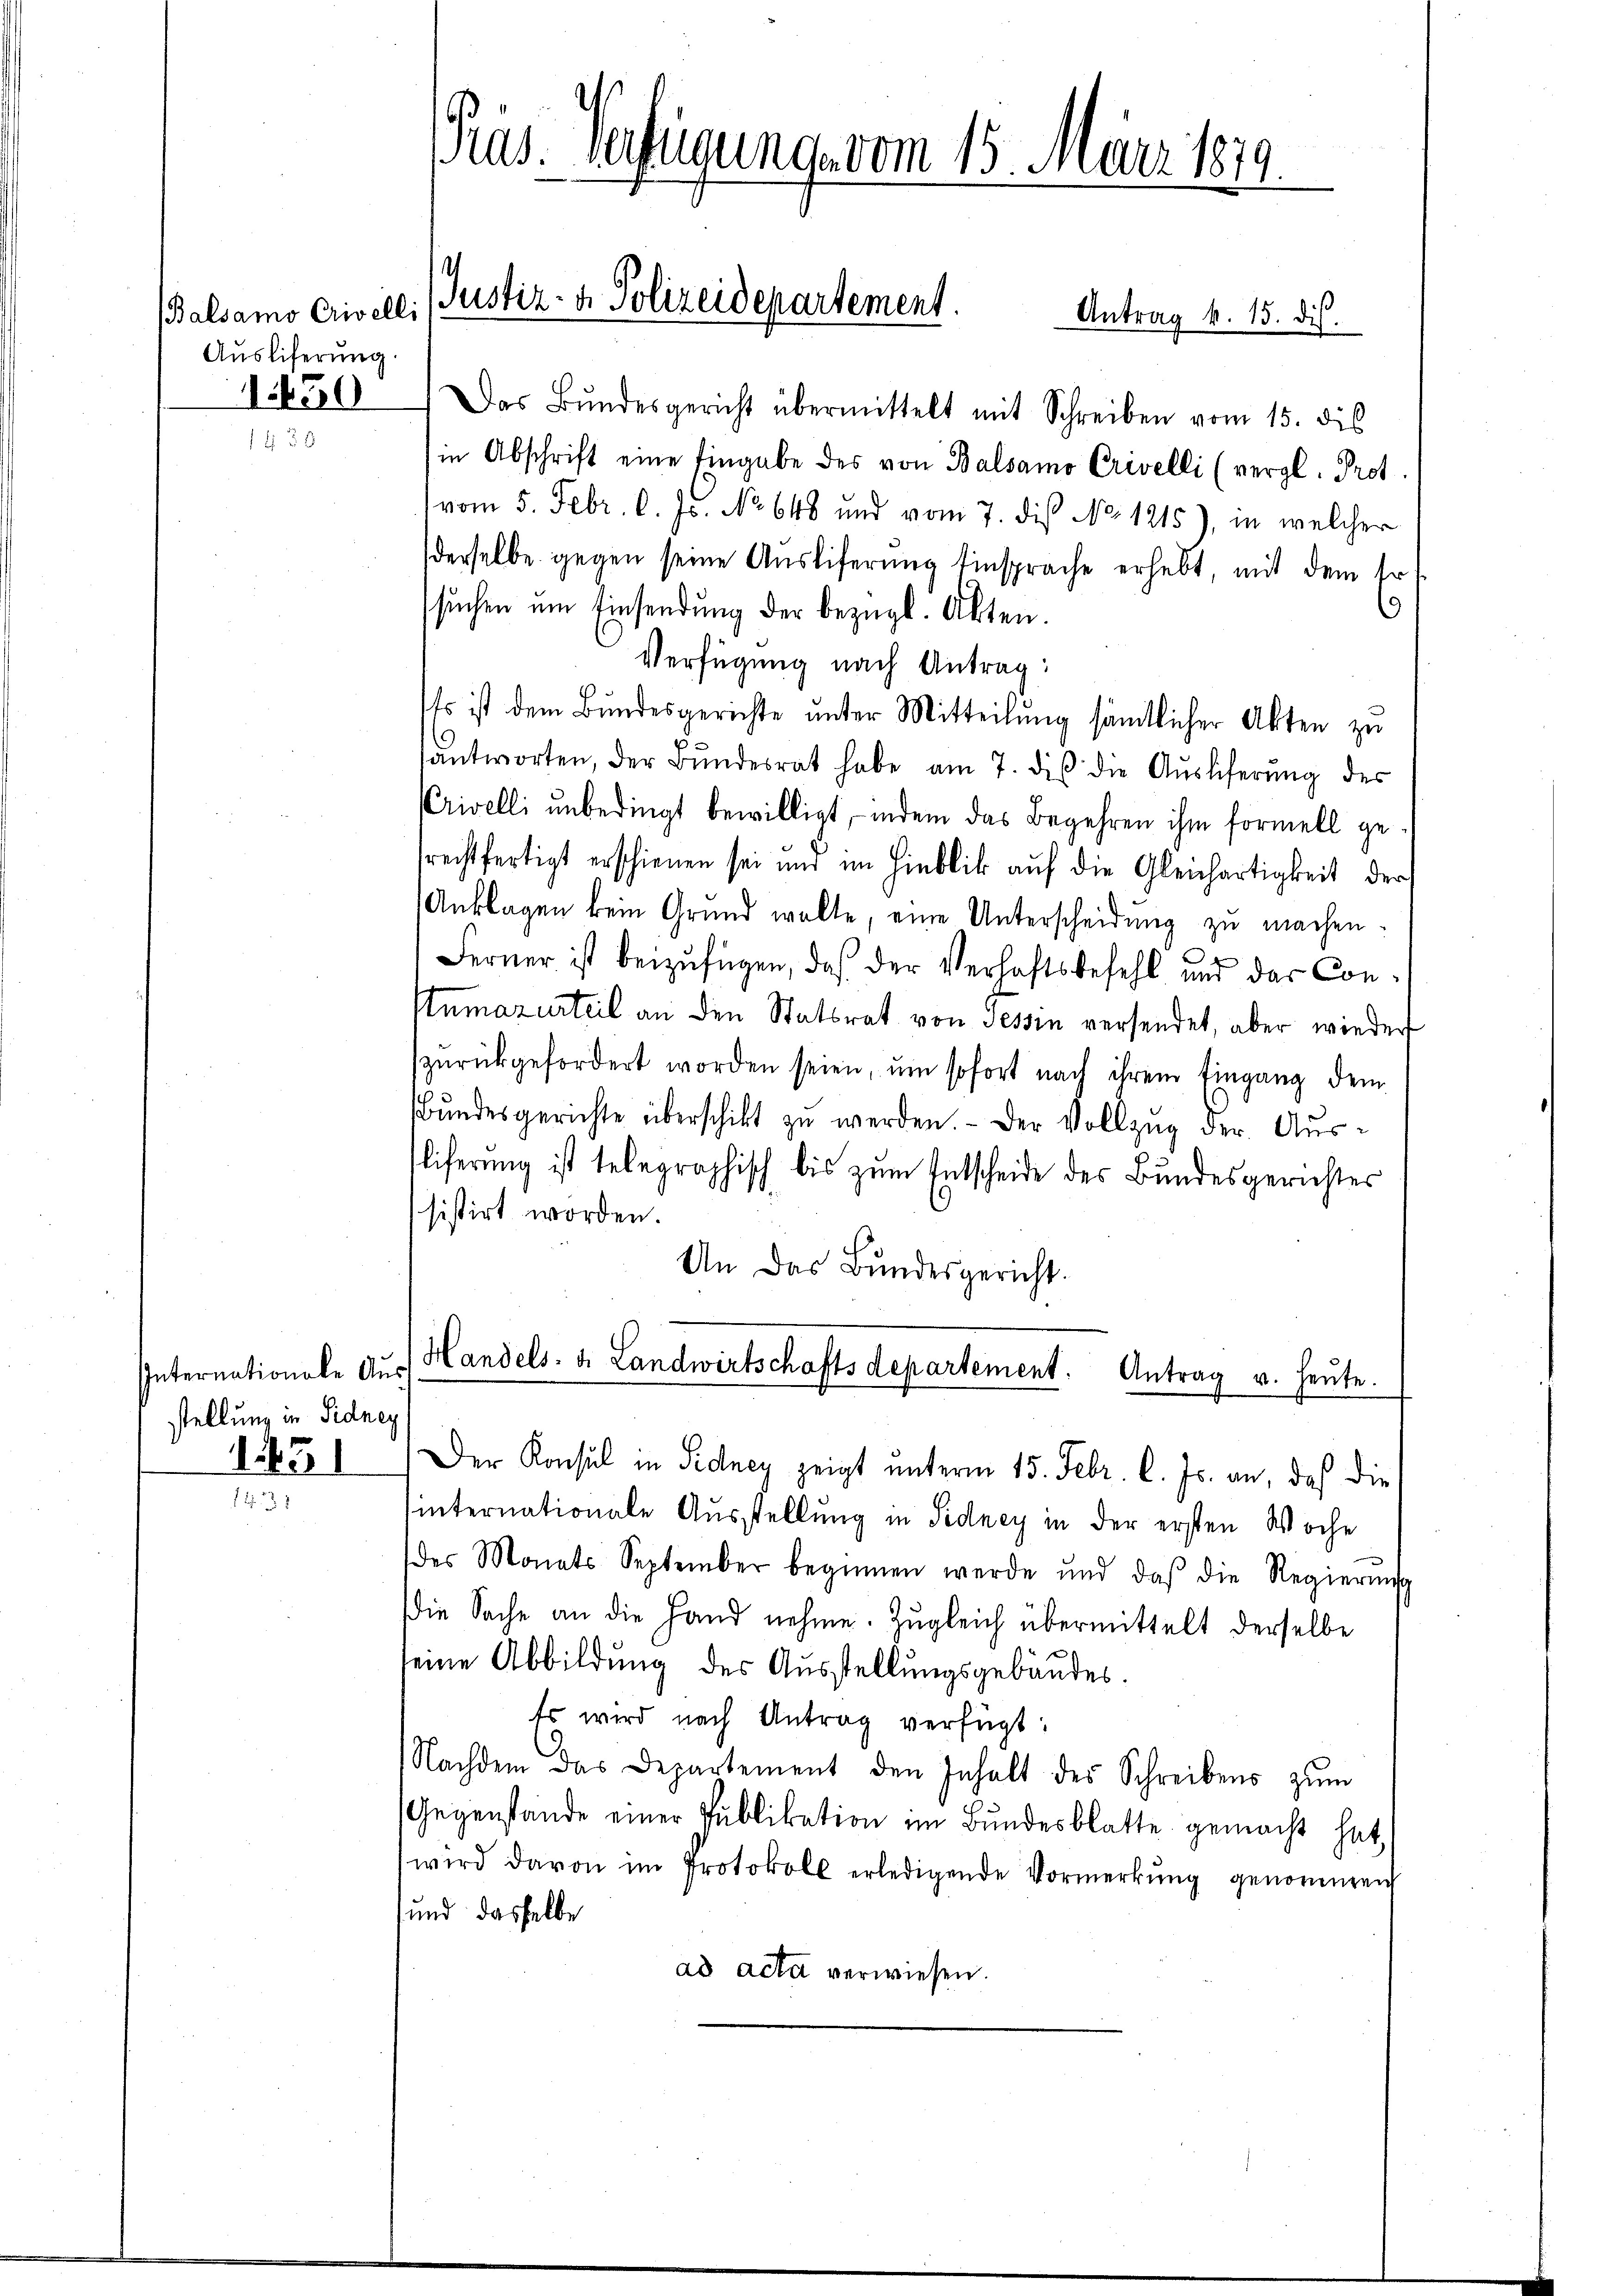
Balsamo Crivelli
Ausliferung
1.450

Internationale Aus
stellung in Sidney
1251

12

Präs. Verfügung vom 15. März 1879.

Justiz- & Polizeidepartement.
Antrag v. 15. ds.

Das Bundesgericht übermittelt mit Schreiben vom 15. dis
in Abschrift eine Eingabe des von Balsamo Crevelli (vergl. Prot
vom 5. Febr. l. Js. No 648 und vom 7. dis No. 1215), in welcher
derselbe gegen seine Ausliferung Einsprache erhebt, mit dem Ert
9
suchen um Einsendung der bezügl. Akten.
Verfügung nach Antrag:
Es ist dem Bundesgerichte ŭnter Mitteilŭng sämtlicher Akten zu
antworten, der Bŭndesrat habe am 7. di die Aŭsliferŭng des
Crivelli unbedingt bewilligt, indem das Begehren ihm formell gesrechtfertigt erschienen sei und im Hinblick auf die Gleichartigkeit der
Anklagen kein Grund wolte, eine Unterscheidung zu machen.
Ferner ist beizufügen, daß der Verhaftsbefehl und der Constumazurteil an den Statsrat von Tessin versendet, aber wieder
zŭrückgefordert worden seien, um sofort nach ihrem Eingang dem
Bŭndesgerichte überschikt zu werden. - Der Vollzug der Ausliferung ist telegraphisch bis zum Entscheide des Bundesgerichtes
sistirt worden.
An das Bundesgericht.
Handels- u. Landwirtschaftsdepartement. Antrag u. heŭte.
Der Konsul in Sidney zeigt unterm 15. Febr. l. Js. an, daß die
internationale Ausstellung in Sidney in der ersten Woche
des Monats September beginnen werde und daß die Regierŭng
die Sache an die Hand nehme. Zŭgleich übermittelt derselbe
seine Abbildung des Ausstellungsgebäudes.
Es wird nach Antrag verfügt:
Nachdem das Departement den Inhalt des Schreibens zŭm
Gegenstände einer Publikation im Bundesblatte gemacht hat,
wird davon im Protokoll erledigende Vormerkŭng genommen
und dasselbe
ad acta verwiesen.